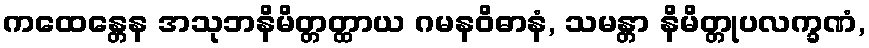
ကထေန္တေန အသုဘနိမိတ္တတ္ထာယ ဂမနဝိဓာနံ, သမန္တာ နိမိတ္တုပလက္ခဏံ,